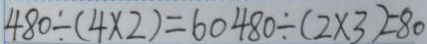
4 8 0 \div ( 4 \times 2 ) = 6 0 4 8 0 \div ( 2 \times 3 ) = 8 0